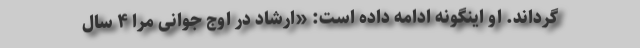
گرداند. او اینگونه ادامه داده است: «ارشاد در اوج جوانی مرا ۴ سال